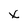
Character: x